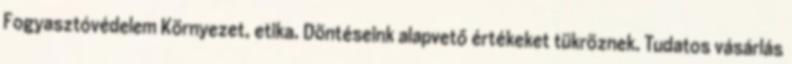
Fogyasztóvédelem Környezet, etika. Döntéseink alapvető értékeket tükröznek. Tudatos vásárlás